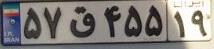
۵۷ق۴۵۵۱۹